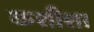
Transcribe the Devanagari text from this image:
कशीश।